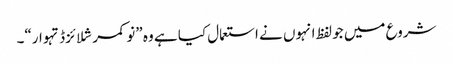
شروع میں جو لفظ انہوں نے استعمال کیا ہے وہ ”نو کمرشلائزڈ تہوار“۔